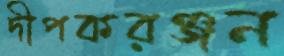
দীপকরঞ্জন